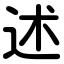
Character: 述